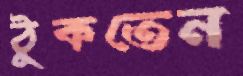
ঠুকতেন